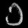
Digit: ၁